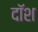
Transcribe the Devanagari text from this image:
दॉश